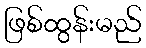
ဖြစ်ထွန်းမည်